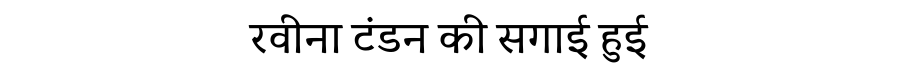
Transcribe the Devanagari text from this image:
रवीना टंडन की सगाई हुई